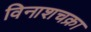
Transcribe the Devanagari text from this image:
विनाशचक्रा